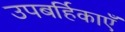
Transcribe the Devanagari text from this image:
उपबर्हिकाएँ